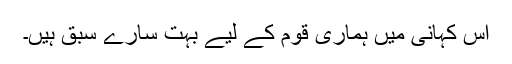
اس کہانی میں ہماری قوم کے لیے بہت سارے سبق ہیں۔